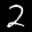
Label: 2